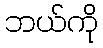
ဘယ်ကို